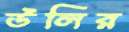
উলির